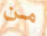
من